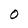
Character: 0